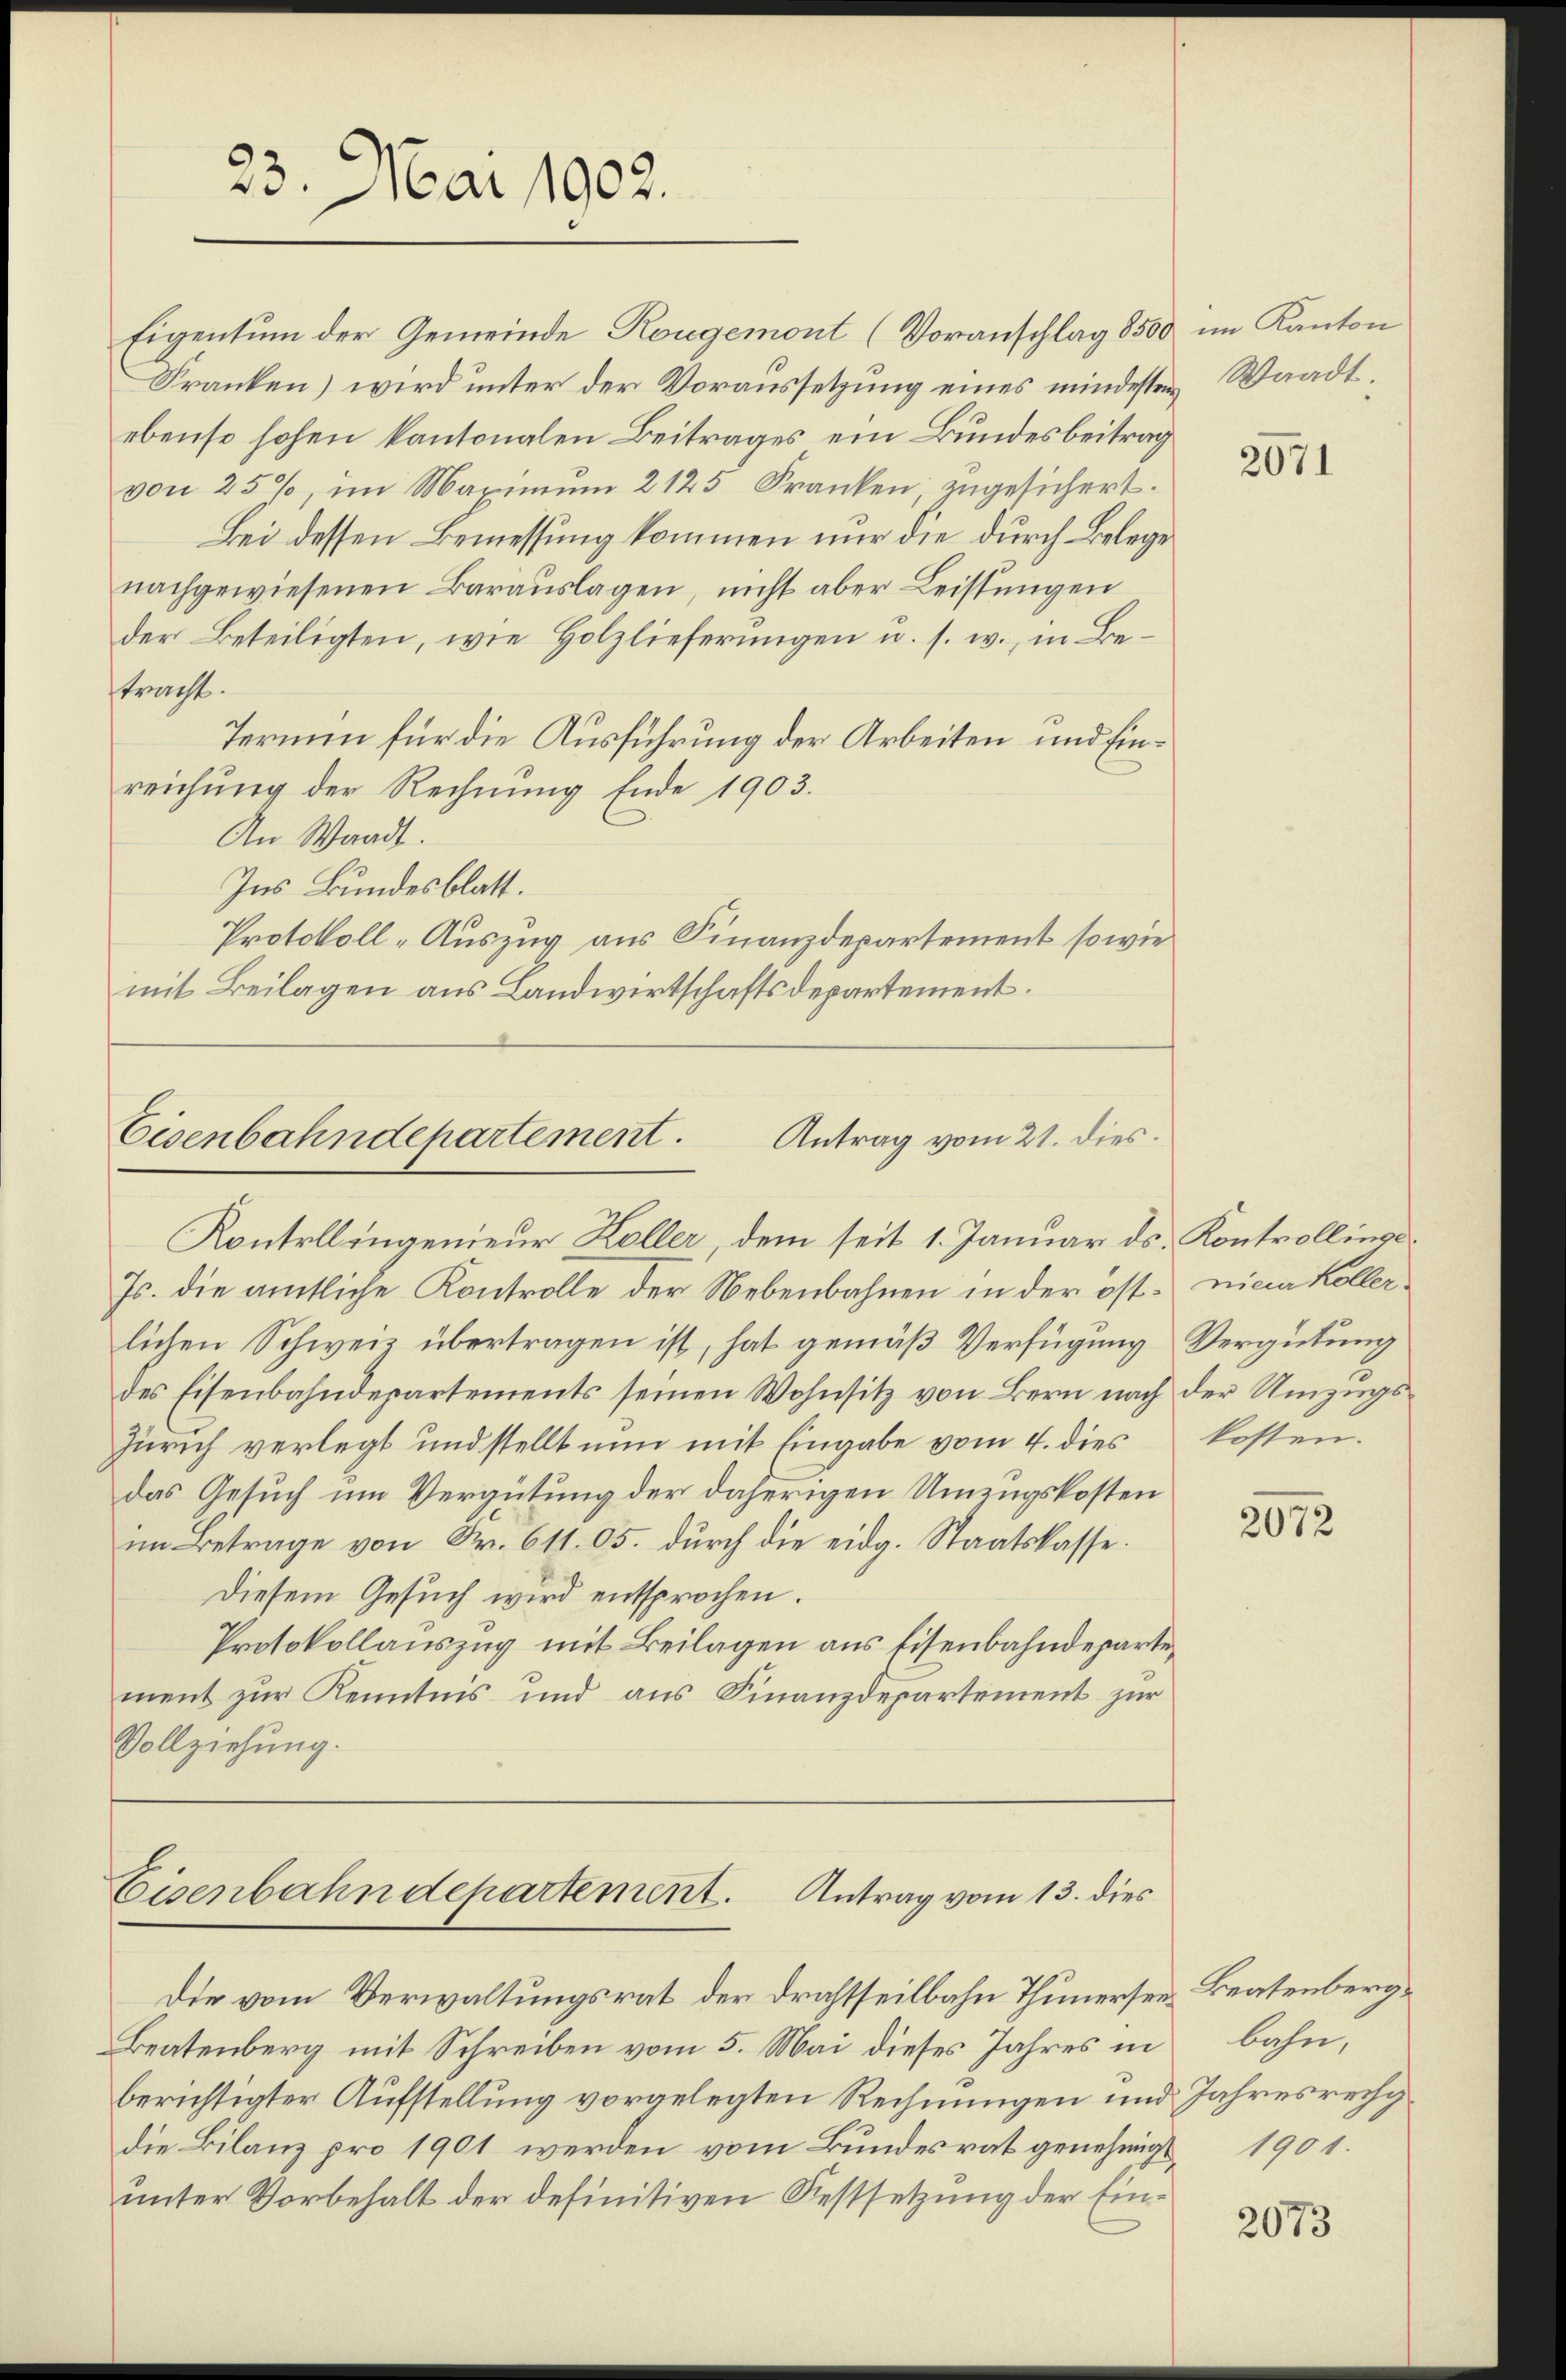
23. Mai 1902.

Eigentum der Gemeinde Rougemont (Voranschlag 8500
Franken) wird unter der Voraussetzung eines mindesten
ebenso hohen kantonalen Beitrages ein Bundesbeitrag
von 25%, im Maximum 2125 Franken, zugesichert.
Bei dessen Bemessung kommen nur die durch Belege
nachgewiesenen Baraŭslagen, nicht aber Leistungen
der Beteiligten, wie Holzlieferungen u. s. w., in Bestracht.
Termin für die Ausführung der Arbeiten und Einreichung der Rechnung Ende 1903.
An Waadt.
Ins Bundesblatt.
Protokoll-Auszug aus Finanzdepartement so wie
mit Beilagen aus Landwirtschaftsdepartement.

Eisenbahndepartement.
Antrag vom 21. dies

Kontollingenieur Koller, dem seit 1. Januar ds. Kontrollinge
Js. die amtliche Kontrolle der Nebenbahnen in der ost- nina Koller
lichen Schweiz übertragen ist, hat gemäß Verfügung Vergütung
des Eisenbahndepartements seinen Wohnsitz von Bern nach der Umzugs-
Zürich verlegt und stellt nun mit Eingabe vom 4. dies
das Gesuch um Vergütung der daherigen Umzugskosten
im Betrage von Fr. 611. 05. durch die eidg. Staatskasse.
Diesem Gesuch wird entsprochen.
Protokollauszug mit Beilagen aus Eisenbahndepartement zur Kenntnis und aus Finanzdepartement zur
Vollziehung.

Eisenbahndepartement. Antrag vom 13. dies

Die vom Verwaltungsrat der Drahtseilbahn Thunersen¬
Beatenberg mit Schreiben vom 5. Mai dieses Jahres in
berichtigter Aufstellung vorgelegten Rechnungen und
die Bilanz pro 1901 werden vom Bundesrat genehmigunter Vorbehalt der definitiven Festsetzung der Ein¬

im Kanton
Waadt.

2671

kosten.

2072

Beatenberg,
bahn.
Jahresrechg
1901.

2073